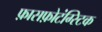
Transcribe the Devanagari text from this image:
फ़ासफ़ोटंग्स्टिक